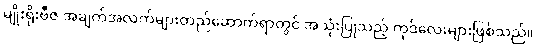
မျိုးရိုးဗီဇ အချက်အလက်များတည်ဆောက်ရာတွင် အသုံးပြုသည့် ကုဒ်လေးများဖြစ်သည်။